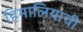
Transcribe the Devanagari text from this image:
हिमालियाची